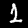
Label: 1